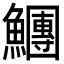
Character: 𩼯